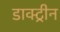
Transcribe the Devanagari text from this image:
डाक्ट्रीन